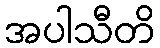
အပါသီတိ